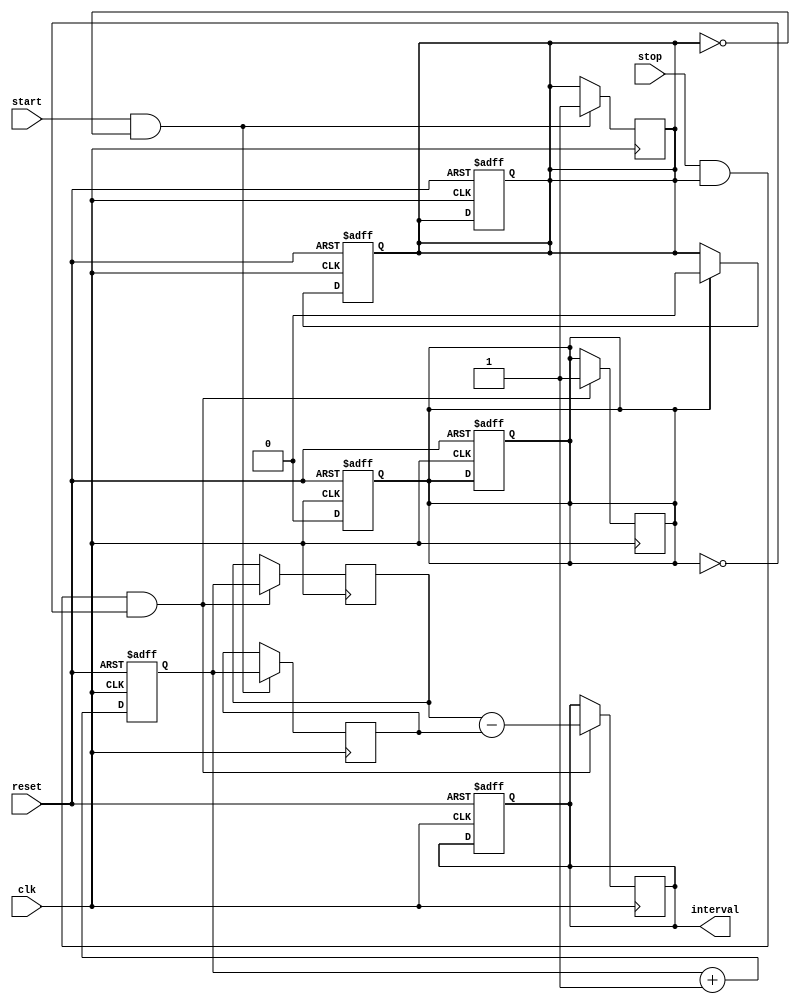
module TDC (
    input wire clk,          // Clock signal
    input wire reset,        // Reset signal
    input wire start,        // Start signal
    input wire stop,         // Stop signal
    output reg [7:0] interval // Output register for interval in clock cycles
);

    // Counter to keep track of clock cycles
    reg [7:0] counter;       // 8-bit counter
    reg [7:0] start_count;   // Latch for start count
    reg [7:0] stop_count;    // Latch for stop count
    reg start_latched;       // Flag to indicate start was latched
    reg stop_latched;        // Flag to indicate stop was latched

    // Counter logic
    always @(posedge clk or posedge reset) begin
        if (reset) begin
            counter <= 8'b0; // Reset counter on reset
            start_latched <= 1'b0; // Reset start latch flag
            stop_latched <= 1'b0; // Reset stop latch flag
            interval <= 8'b0; // Reset interval output
        end else begin
            counter <= counter + 1; // Increment counter on each clock cycle
        end
    end

    // Event detection logic for Start
    always @(posedge clk) begin
        if (start && !start_latched) begin
            start_count <= counter; // Latch the current counter value
            start_latched <= 1'b1; // Set start latch flag
        end
    end

    // Event detection logic for Stop
    always @(posedge clk) begin
        if (stop && start_latched && !stop_latched) begin
            stop_count <= counter; // Latch the current counter value
            stop_latched <= 1'b1; // Set stop latch flag
            interval <= stop_count - start_count; // Calculate the interval
        end
    end

    // Resetting the latches for the next measurement
    always @(posedge clk or posedge reset) begin
        if (reset) begin
            start_latched <= 1'b0; // Reset start latch flag
            stop_latched <= 1'b0; // Reset stop latch flag
        end else if (stop_latched) begin
            start_latched <= 1'b0; // Allow for new start
            stop_latched <= 1'b0; // Allow for new stop
        end
    end

endmodule